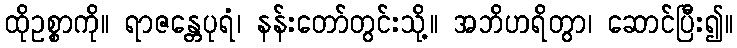
ထိုဥစ္စာကို။ ရာဇန္တေပုရံ၊ နန်းတော်တွင်းသို့။ အဘိဟရိတွာ၊ ဆောင်ပြီး၍။